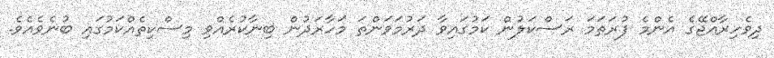
ދިވެހިރާއްޖޭގެ އެންމެ ފުރަތަމަ ރަސްކަލުން ކަމުގައިވާ ދަރުމަވަންތަ މަހާރަދުން ބިނާކުރެއްވި މިސްކިތެއްކަމުގައި ބުނެވެއެވެ.